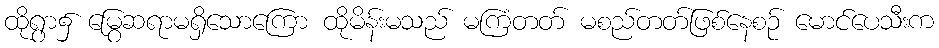
ထိုရွာ၌ မြွေဆရာမရှိသောကြော ထိုမိန်းမသည် မကြံတတ် မစည်တတ်ဖြစ်နေစဉ် မောင်ပေသီးက